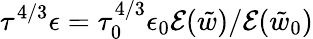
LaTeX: \tau^{4/3}\epsilon=\tau_{0}^{4/3}\epsilon_{0}\mathcal{E}(\tilde{w})/\mathcal{E}(\tilde{w}_{0})